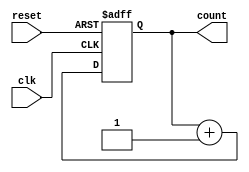
module counter(
    input clk,
    input reset,
    output reg [7:0] count
);

always @(posedge clk or posedge reset) begin
    if (reset) begin
        count <= 0;
    end else begin
        count <= count + 1;
    end
end

endmodule